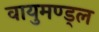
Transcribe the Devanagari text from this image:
वायुमण्ड्ल